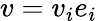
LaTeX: v=v_{i}e_{i}